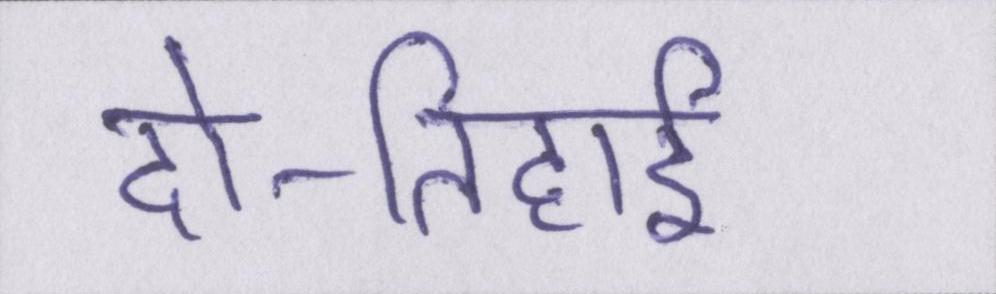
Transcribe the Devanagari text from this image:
दो-तिहाई